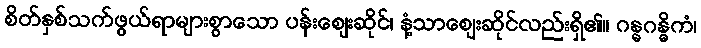
စိတ်နှစ်သက်ဖွယ်ရာများစွာသော ပန်းဈေးဆိုင်၊ နံ့သာဈေးဆိုင်လည်းရှိ၏။ ဂန္ဓဂန္ဓိကံ၊